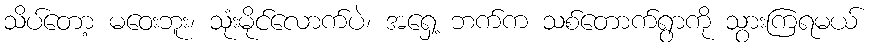
သိပ်တော့ မဝေးဘူး၊ သုံးမိုင်လောက်ပဲ၊ အရှေ့ ဘက်က သစ်တောက်ရွာကို သွားကြရမယ်